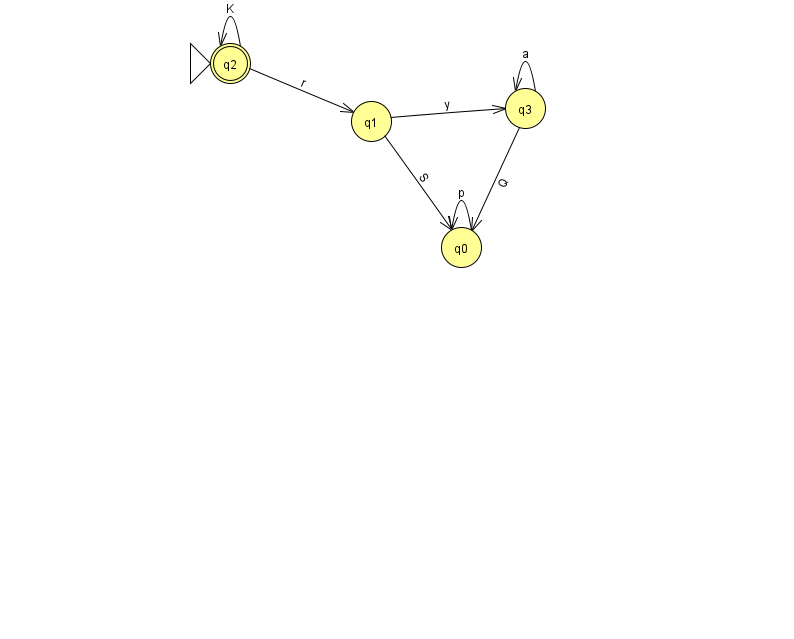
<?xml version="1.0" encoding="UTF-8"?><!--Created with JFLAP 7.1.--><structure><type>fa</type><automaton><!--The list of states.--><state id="0" name="q0"><x>461.0</x><y>234.0</y></state><state id="1" name="q1"><x>371.0</x><y>108.0</y></state><state id="2" name="q2"><x>230.0</x><y>50.0</y><initial/><final/></state><state id="3" name="q3"><x>525.0</x><y>95.0</y></state><!--The list of transitions.--><transition><from>0</from><to>0</to><read>p</read></transition><transition><from>3</from><to>3</to><read>a</read></transition><transition><from>2</from><to>1</to><read>r</read></transition><transition><from>1</from><to>3</to><read>y</read></transition><transition><from>3</from><to>0</to><read>Q</read></transition><transition><from>1</from><to>0</to><read>S</read></transition><transition><from>2</from><to>2</to><read>K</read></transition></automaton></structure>